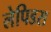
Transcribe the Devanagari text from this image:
लेपिडस